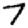
Digit: 7